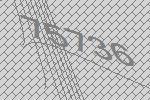
75736